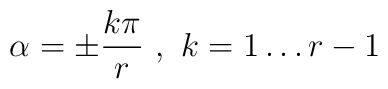
\alpha =\pm \displaystyle\frac{k\pi }{r}\, \, ,\, \, k=1\ldots r-1\, \,